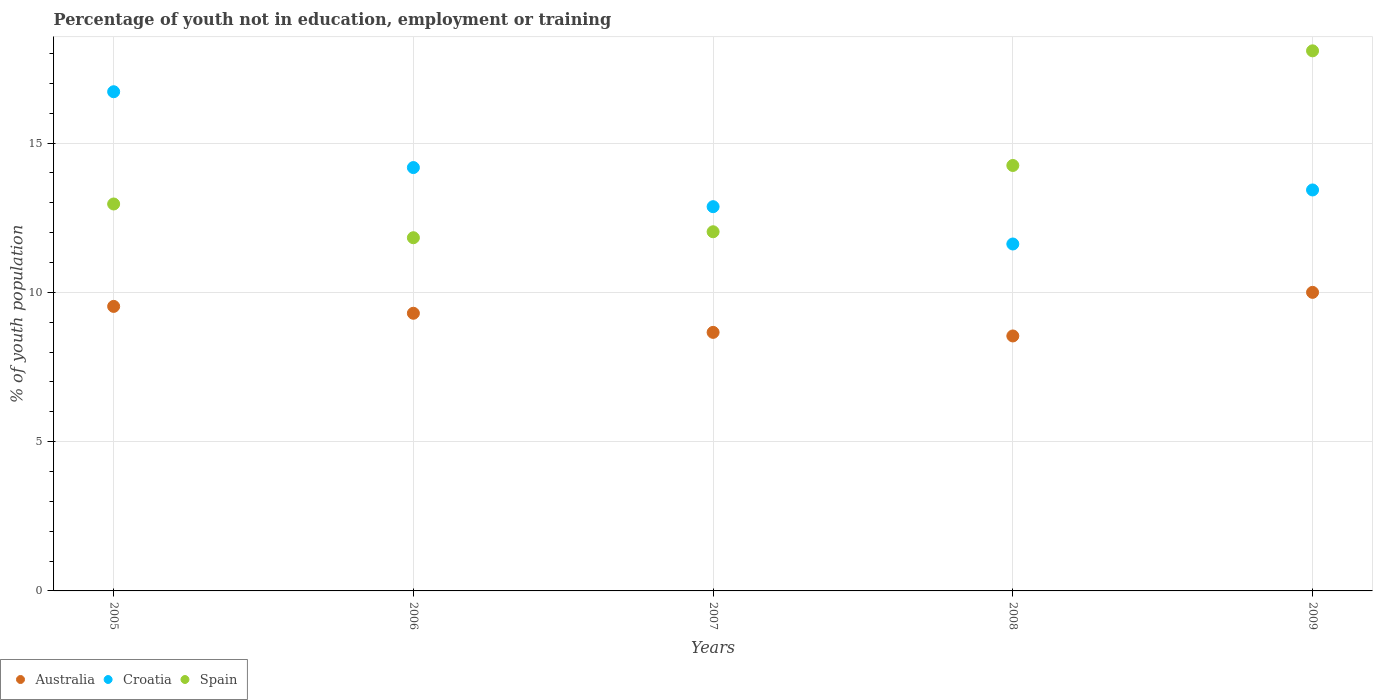
| Years | Australia | Croatia | Spain |
 | --- | --- | --- | --- |
 | 2005 | 9.53 | 16.7 | 13 |
 | 2006 | 9.3 | 14.2 | 11.8 |
 | 2007 | 8.66 | 12.9 | 12 |
 | 2008 | 8.54 | 11.6 | 14.2 |
 | 2009 | 10 | 13.4 | 18.1 |